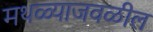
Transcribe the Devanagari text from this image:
मथळ्याजवळील